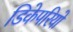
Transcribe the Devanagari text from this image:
डिकेपरियो